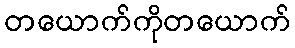
တယောက်ကိုတယောက်